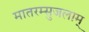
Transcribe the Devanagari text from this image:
मातरम्सुजलाम्